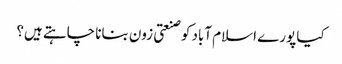
کیا پورے اسلام آباد کو صنعتی زون بنانا چاہتے ہیں؟